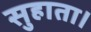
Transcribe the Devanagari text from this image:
सुहाता।